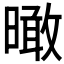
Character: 𣊟